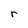
Character: r